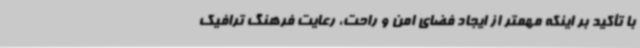
با تأکید بر اینکه مهمتر از ایجاد فضای امن و راحت، رعایت فرهنگ ترافیک